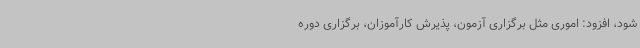
شود، افزود: اموری مثل برگزاری آزمون، پذیرش کارآموزان، برگزاری دوره